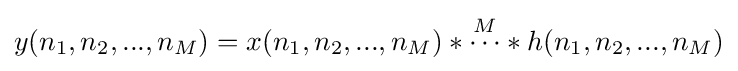
y(n_{1},n_{2},...,n_{M})=x(n_{1},n_{2},...,n_{M})*{\overset {M}{\cdots }}*h(n_{1},n_{2},...,n_{M})